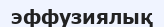
эффузиялық